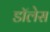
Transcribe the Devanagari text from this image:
डॉलेस